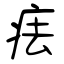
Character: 㾀